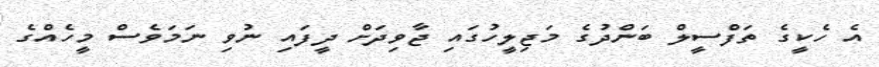
އެ ހެކީގެ ތަފްސީލް ބަންދުގެ މަޖިލީހުގައި ޖާވިދަށް ދީފައި ނުވި ނަމަވެސް މީހެއްގެ